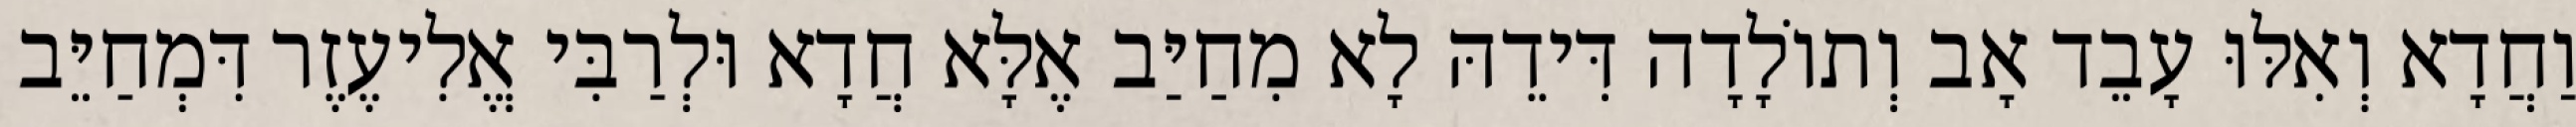
וַחֲדָא וְאִלּוּ עָבֵד אָב וְתוֹלָדָה דִּידֵהּ לָא מִחַיַּב אֶלָּא חֲדָא וּלְרַבִּי אֱלִיעֶזֶר דִּמְחַיֵּב